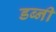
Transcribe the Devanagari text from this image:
डब्नी